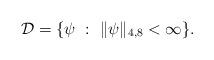
LaTeX: \begin{align*}{\mathcal D}=\{\psi\ :\ \|\psi\|_{4,8}<\infty\}.\end{align*}